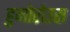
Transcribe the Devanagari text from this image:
हुमोरोउस